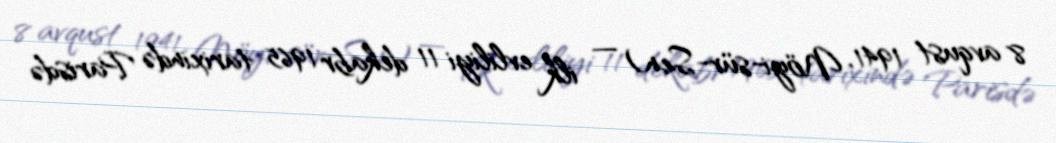
8 avqust 1941, Nöyi-sür-Sen) — ilk evliliyi 11 dekabr 1965 tarixində Parisdə